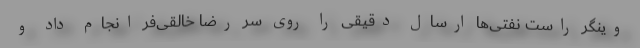
وینگر راست نفتی‌ها ارسال دقیقی را روی سر رضا خالقی‌فر انجام داد و